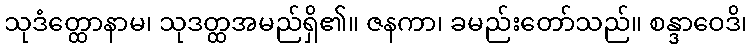
သုဒံတ္ထောနာမ၊ သုဒတ္ထအမည်ရှိ၏။ ဇနကာ၊ ခမည်းတော်သည်။ စန္ဒာဝေဒိ၊